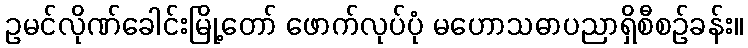
ဥမင်လိုဏ်ခေါင်းမြို့တော် ဖောက်လုပ်ပုံ မဟောသဓာပညာရှိစီစဉ်ခန်း။